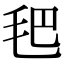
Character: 𣬶